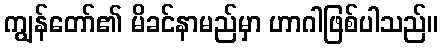
ကျွန်တော်၏ မိခင်နာမည်မှာ ဟာဂါဖြစ်ပါသည်။